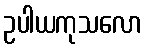
ဥပါယကုသလော